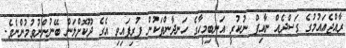
ރާއްޖެއައުމުގެ ގަސްދެއް ނާއިފް ނުކުރީ އަނބިމީހާގެ ހަނދާންތަކުން ފުރިފައިވި އެގެ ދޫކޮށްލަން ބޭނުންނުވުމުންނެވެ.